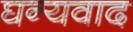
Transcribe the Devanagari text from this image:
घन्यवाद